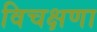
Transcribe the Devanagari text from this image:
विचक्षणा